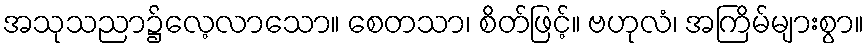
အသုသညာ၌လေ့လာသော။ စေတသာ၊ စိတ်ဖြင့်။ ဗဟုလံ၊ အကြိမ်များစွာ။